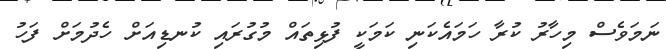
ނަމަވެސް މިހާރު ކުރާ ހަމައެކަނި ކަމަކީ ފުޅިތައް މުގުރައި ކުނޑިއަށް ހެދުމަށް ފަހު